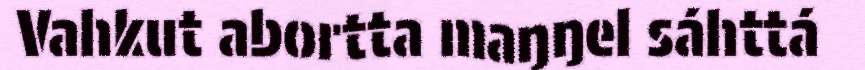
Vahkut abortta maŋŋel sáhttá